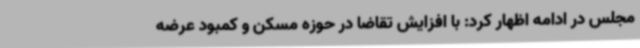
مجلس در ادامه اظهار کرد: با افزایش تقاضا در حوزه مسکن و کمبود عرضه